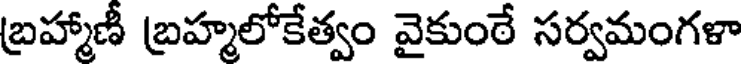
బ్రహ్మాణీ బ్రహ్మలోకేత్వం వైకుంఠే సర్వమంగళా